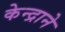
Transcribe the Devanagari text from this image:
केन्द्राने